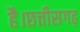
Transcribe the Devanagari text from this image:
है।छत्तीसगढ़